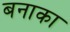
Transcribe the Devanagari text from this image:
बनाका